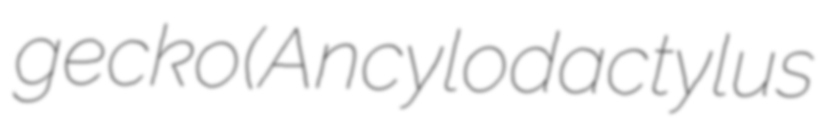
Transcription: gecko (Ancylodactylus